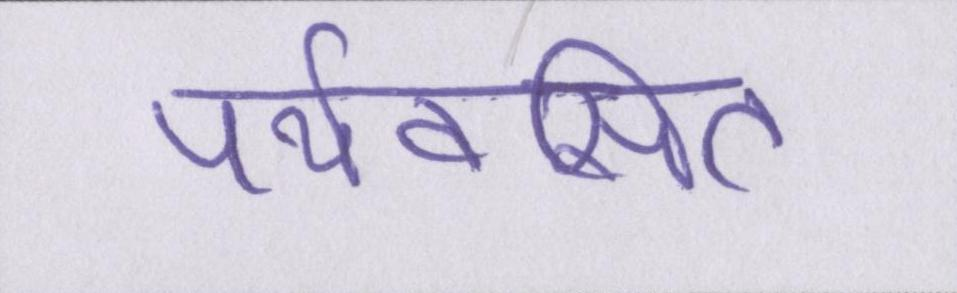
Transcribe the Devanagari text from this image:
पर्यवसित